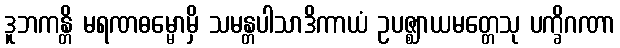
ဒူဘကန္တိ မရဏဓမ္မောမှိ သမန္တပါသာဒိကာယံ ဥပဇ္ဈာယမတ္တေသု ပက္ခိဂဏာ